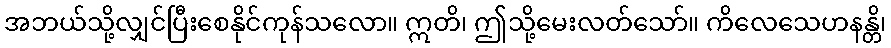
အဘယ်သို့လျှင်ပြီးစေနိုင်ကုန်သလော။ ဣတိ၊ ဤသို့မေးလတ်သော်။ ကိလေသေဟနန္တိ၊